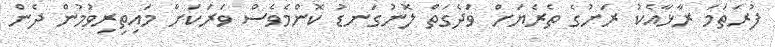
ފުރަތަމަ ރާޅާއެކު ރަށުގެ ތެރެޔަށް ވަދެގަތް ލޮނުގަނޑު ކޮންމެވެސް ވަރަކަށް މައިތިރިވުމުން ދެން